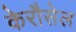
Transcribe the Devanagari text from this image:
केरौसेल